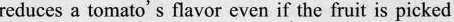
reduces a tomato's flavor even if the fruit is picked